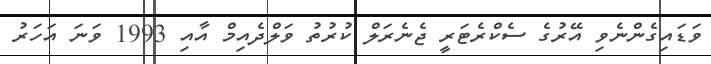
ވަޑައިގެންނެވި އޭރުގެ ސެކްރެޓަރީ ޖެނެރަލް ކުރުތު ވަލްދެއިމް އާއި 1993 ވަނަ އަހަރު